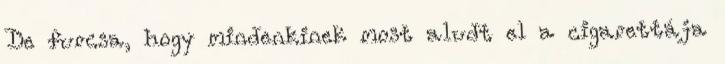
De furcsa, hogy mindenkinek most aludt el a cigarettája